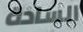
السادة